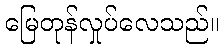
မြေတုန်လှုပ်လေသည်။